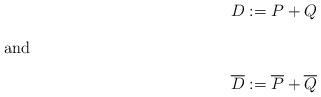
LaTeX: \begin{align*}D & := P + Q\intertext{and}\overline{D} & := \overline{P} + \overline{Q}\end{align*}